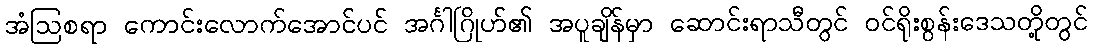
အံဩစရာ ကောင်းလောက်အောင်ပင် အင်္ဂါဂြိုဟ်၏ အပူချိန်မှာ ဆောင်းရာသီတွင် ဝင်ရိုးစွန်းဒေသတို့တွင်